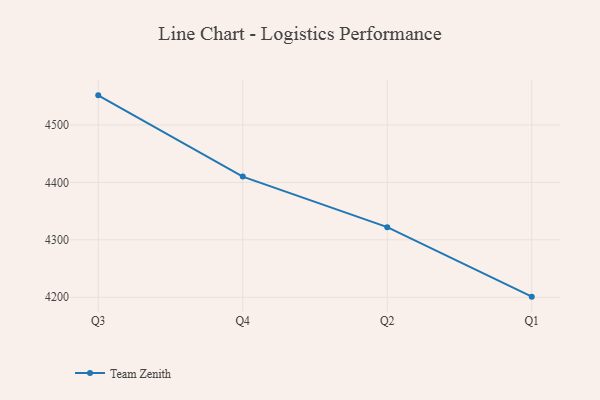
{"axis": {"x": "Quarter", "y": "Inventory Turnover"}, "legend": ["Team Zenith"], "data": [{"x": "Q3", "y": 4551.5, "type": "Team Zenith"}, {"x": "Q4", "y": 4410.1, "type": "Team Zenith"}, {"x": "Q2", "y": 4322.1, "type": "Team Zenith"}, {"x": "Q1", "y": 4201.1, "type": "Team Zenith"}]}